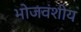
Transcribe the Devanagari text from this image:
भोजवंशीय